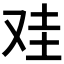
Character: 𰆻